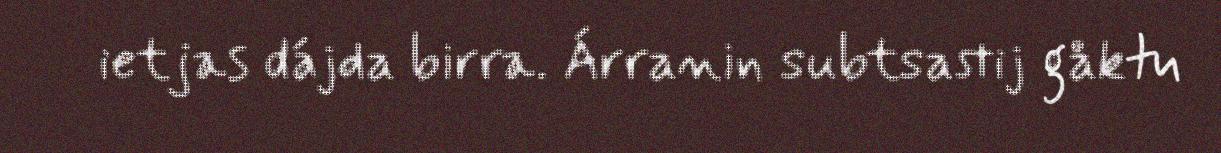
ietjas dájda birra. Árranin subtsastij gåktu